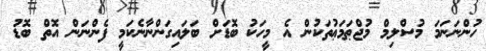
ހުންނަނަމަ މުސްލިމް މުޖްޠަމަޢުތަކުން އެ މީހަކު ބޮޑަށް ބަލައިގަންނާނެކަމީ ފެންނަން އޮތް ބޮޑު